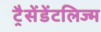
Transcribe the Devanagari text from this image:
ट्रैसेंडेंटलिज्म